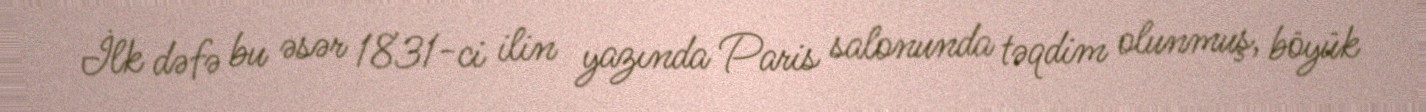
İlk dəfə bu əsər 1831-ci ilin yazında Paris salonunda təqdim olunmuş, böyük